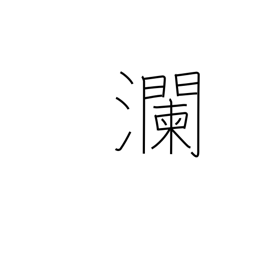
Meaning: large waves